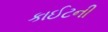
કાઈટની